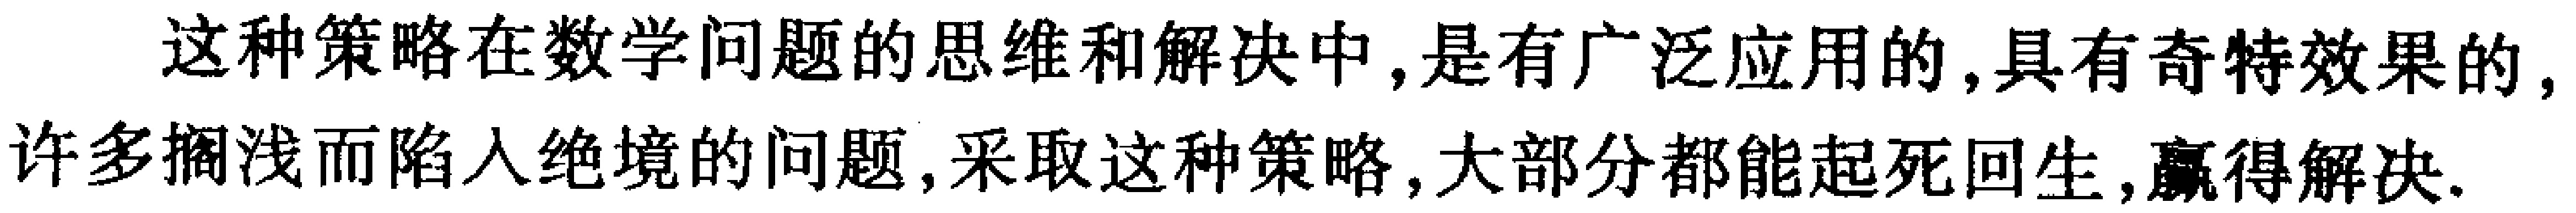
这种策略在数学问题的思维和解决中,是有广泛应用的,具有奇特效果的,许多搁浅而陷入绝境的问题,采取这种策略,大部分都能起死回生,赢得解决.